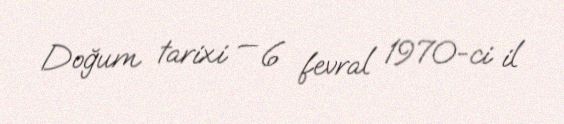
Doğum tarixi — 6 fevral 1970-ci il